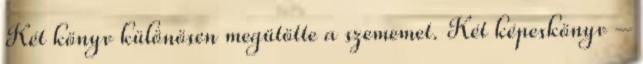
Két könyv különösen megütötte a szememet. Két képeskönyv –